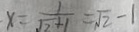
x = \frac { 1 } { \sqrt { 2 } + 1 } = \sqrt { 2 } - 1